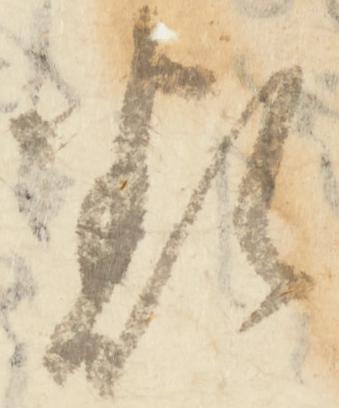
類